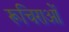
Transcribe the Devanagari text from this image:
रूचिराओं